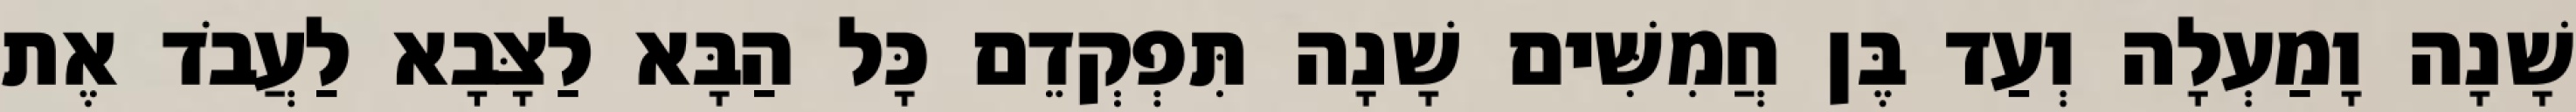
שָׁנָה וָמַעְלָה וְעַד בֶּן חֲמִשִּׁים שָׁנָה תִּפְקְדֵם כָּל הַבָּא לַצָּבָא לַעֲבֹד אֶת